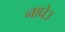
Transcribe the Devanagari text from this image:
नाघेउ